Indian journal of veterinary science and animal husbandry - Volumes 15-17, 1948-1951
Year: 1948
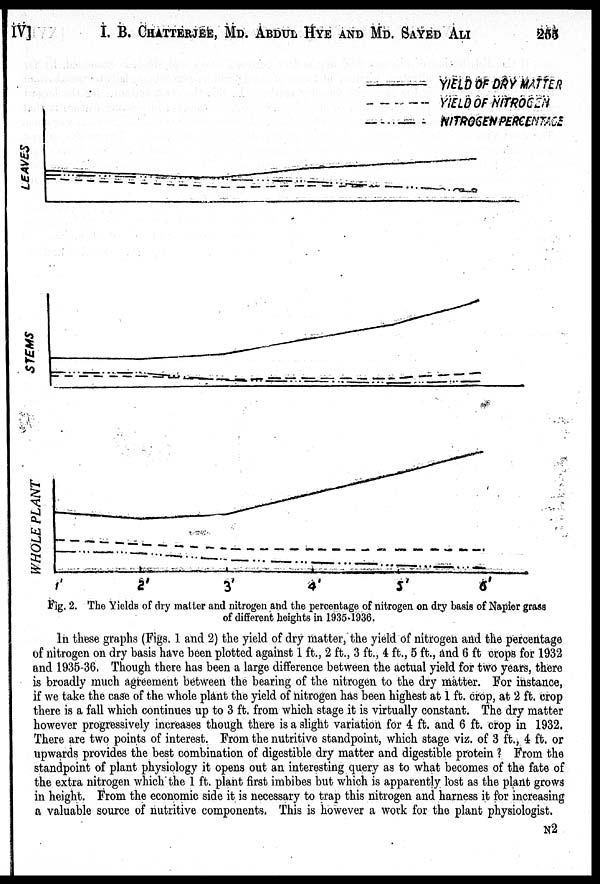
IV] I. B. CHATTERJEE, MD. ABDUL HYE AND MD. SAYED ALI 255
Fig. 2. The Yields of dry matter and nitrogen and the percentage of nitrogen on dry basis of Napier grass
of different heights in 1935-1936.
In these graphs (Figs. 1 and 2) the yield of dry matter, the yield of nitrogen and the percentage
of nitrogen on dry basis have been plotted against 1 ft., 2 ft., 3 ft., 4 ft., 5 ft., and 6 ft crops for 1932
and 1935-36. Though there has been a large difference between the actual yield for two years, there
is broadly much agreement between the bearing of the nitrogen to the dry matter. For instance,
if we take the case of the whole plant the yield of nitrogen has been highest at 1 ft. crop, at 2 ft. crop
there is a fall which continues up to 3 ft. from which stage it is virtually constant. The dry matter
however progressively increases though there is a slight variation for 4 ft. and 6 ft. crop in 1932.
There are two points of interest. From the nutritive standpoint, which stage viz. of 3 ft., 4 ft. or
upwards provides the best combination of digestible dry matter and digestible protein ? From the
standpoint of plant physiology it opens out an interesting query as to what becomes of the fate of
the extra nitrogen which the 1 ft. plant first imbibes but which is apparently lost as the plant grows
in height. From the economic side it is necessary to trap this nitrogen and harness it for increasing
a valuable source of nutritive components. This is however a work for the plant physiologist.
N2